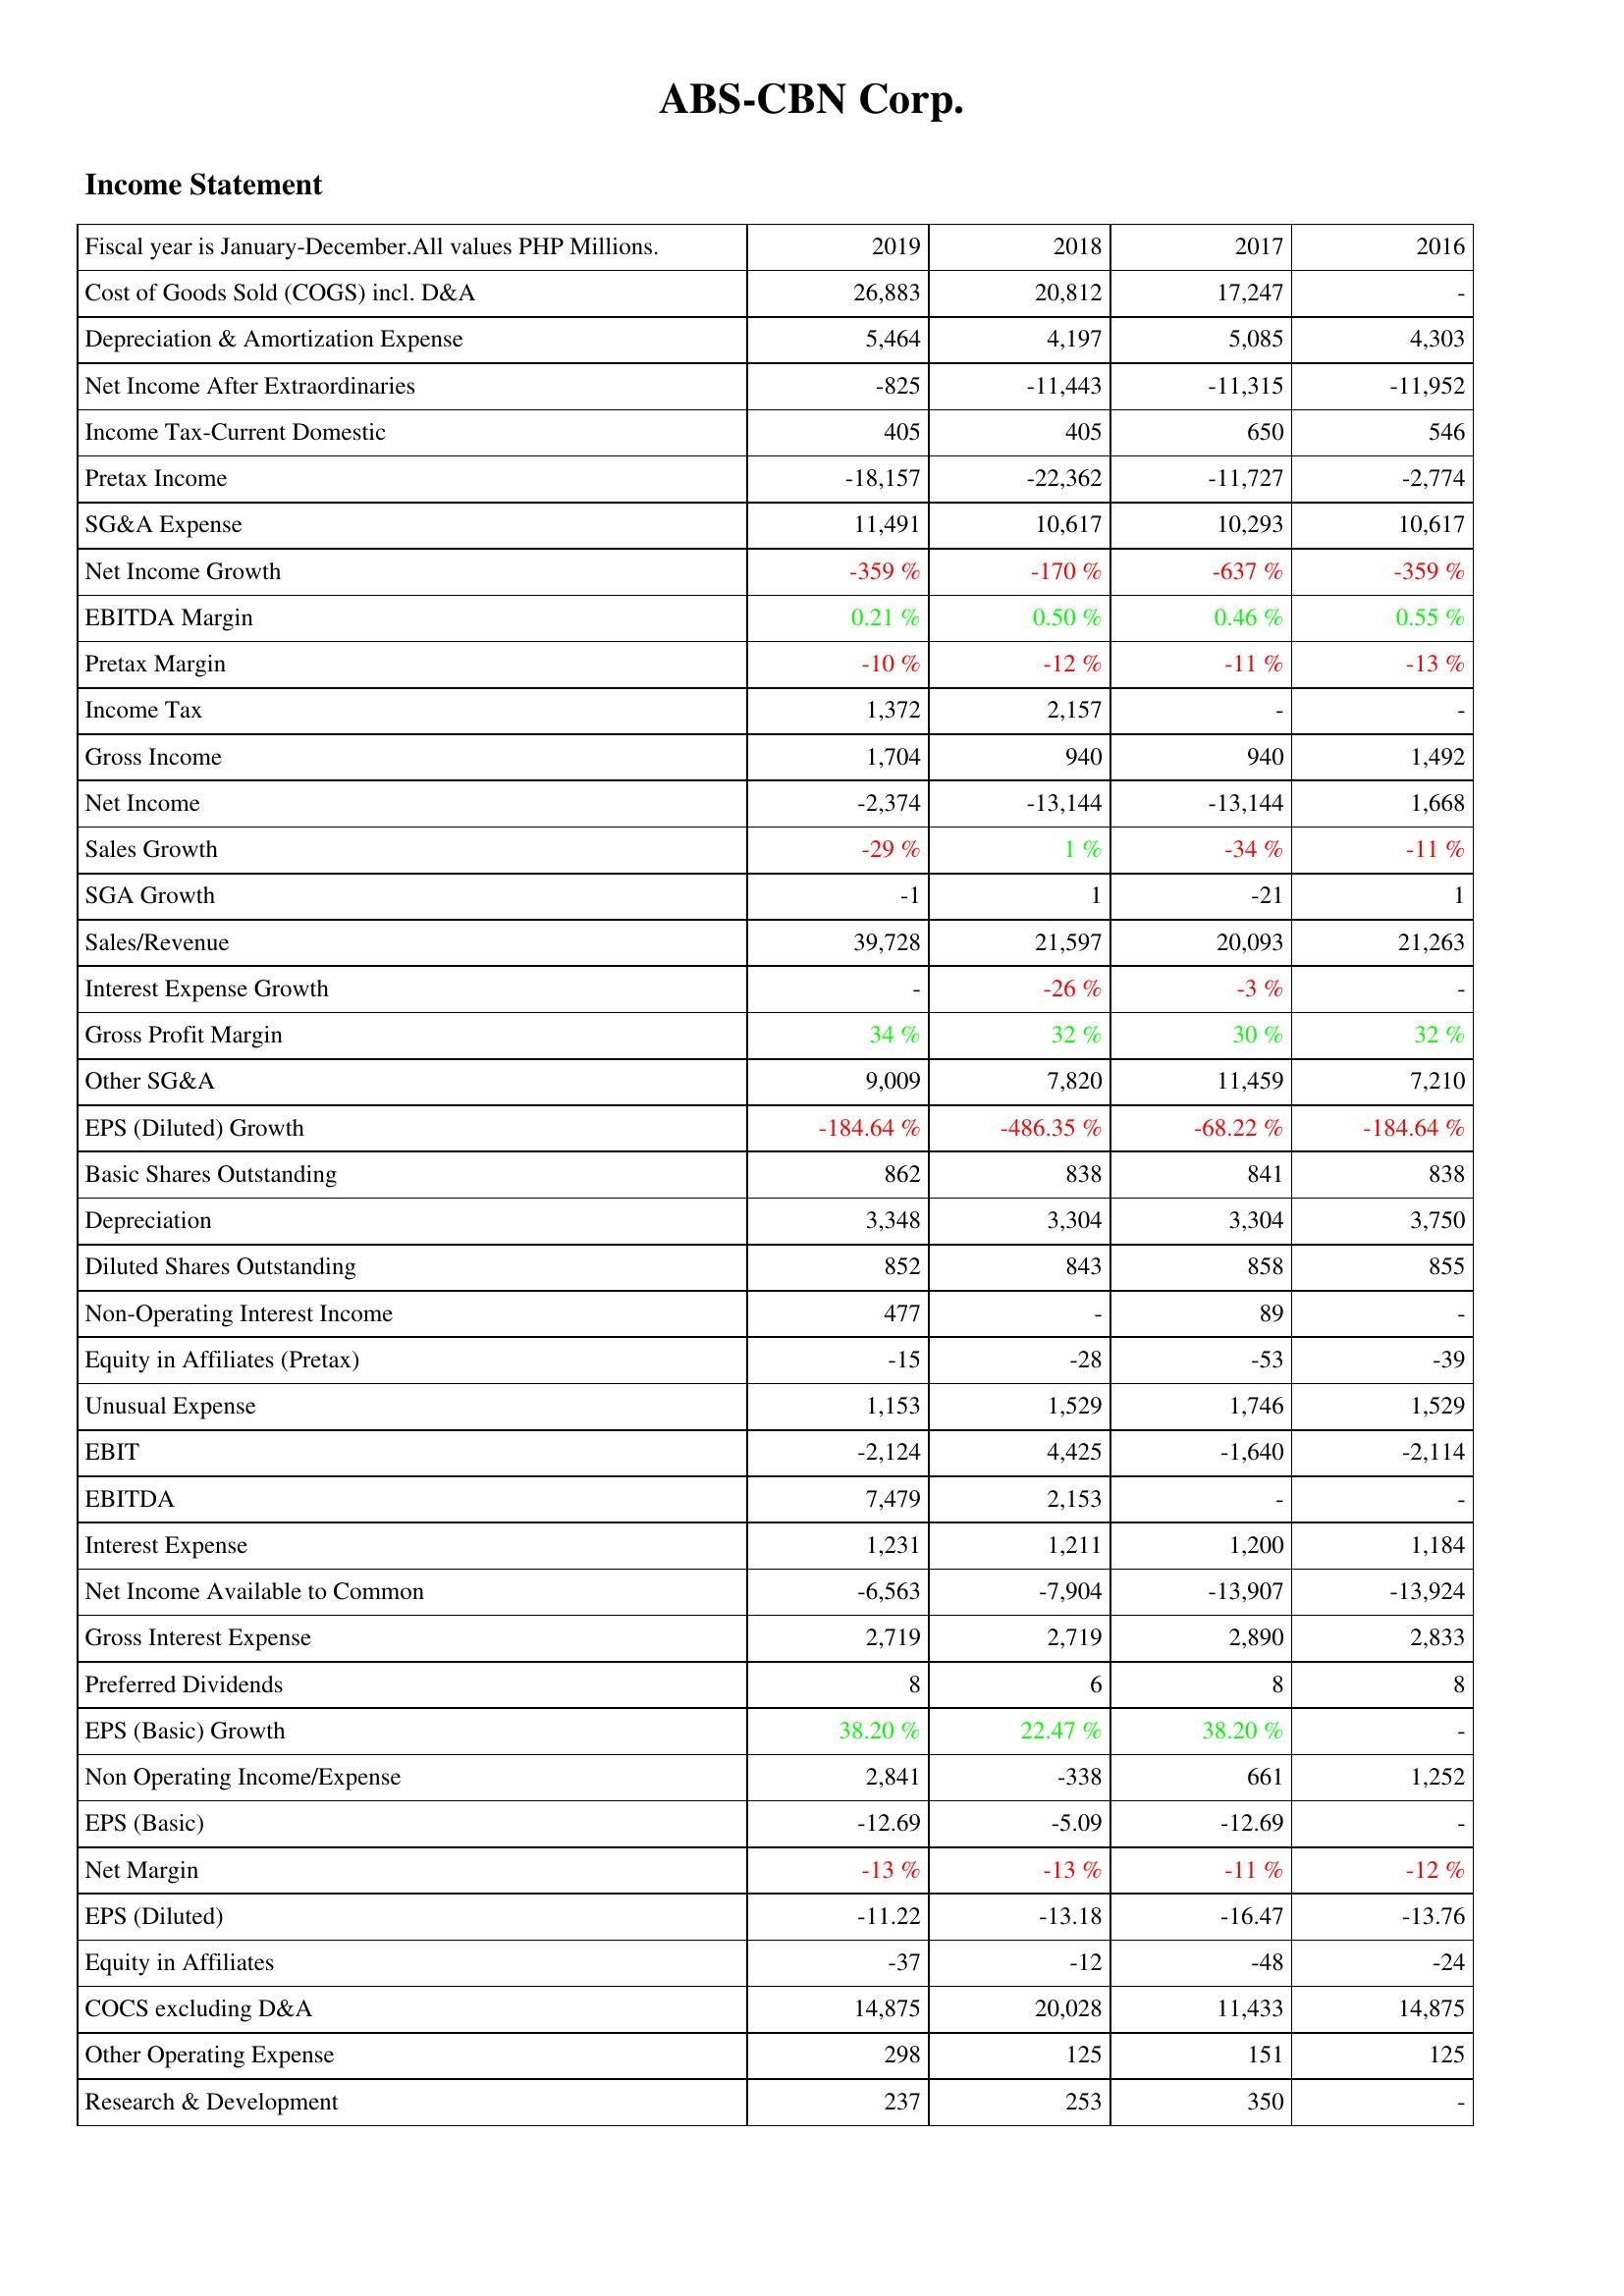
2019: Income Statement: Cost of Goods Sold (COGS) incl. D&A: 26,883
Depreciation & Amortization Expense: 5,464
Net Income After Extraordinaries: -825
Income Tax-Current Domestic: 405
Pretax Income: -18,157
SG&A Expense: 11,491
Net Income Growth: -359 %
EBITDA Margin: 0.21 %
Pretax Margin: -10 %
Income Tax: 1,372
Gross Income: 1,704
Net Income: -2,374
Sales Growth: -29 %
SGA Growth: -1
Sales/Revenue: 39,728
Interest Expense Growth: -
Gross Profit Margin: 34 %
Other SG&A: 9,009
EPS (Diluted) Growth: -184.64 %
Basic Shares Outstanding: 862
Depreciation: 3,348
Diluted Shares Outstanding: 852
Non-Operating Interest Income: 477
Equity in Affiliates (Pretax): -15
Unusual Expense: 1,153
EBIT: -2,124
EBITDA: 7,479
Interest Expense: 1,231
Net Income Available to Common: -6,563
Gross Interest Expense: 2,719
Preferred Dividends: 8
EPS (Basic) Growth: 38.20 %
Non Operating Income/Expense: 2,841
EPS (Basic): -12.69
Net Margin: -13 %
EPS (Diluted): -11.22
Equity in Affiliates: -37
COCS excluding D&A: 14,875
Other Operating Expense: 298
Research & Development: 237
2018: Income Statement: Cost of Goods Sold (COGS) incl. D&A: 20,812
Depreciation & Amortization Expense: 4,197
Net Income After Extraordinaries: -11,443
Income Tax-Current Domestic: 405
Pretax Income: -22,362
SG&A Expense: 10,617
Net Income Growth: -170 %
EBITDA Margin: 0.50 %
Pretax Margin: -12 %
Income Tax: 2,157
Gross Income: 940
Net Income: -13,144
Sales Growth: 1 %
SGA Growth: 1
Sales/Revenue: 21,597
Interest Expense Growth: -26 %
Gross Profit Margin: 32 %
Other SG&A: 7,820
EPS (Diluted) Growth: -486.35 %
Basic Shares Outstanding: 838
Depreciation: 3,304
Diluted Shares Outstanding: 843
Non-Operating Interest Income: -
Equity in Affiliates (Pretax): -28
Unusual Expense: 1,529
EBIT: 4,425
EBITDA: 2,153
Interest Expense: 1,211
Net Income Available to Common: -7,904
Gross Interest Expense: 2,719
Preferred Dividends: 6
EPS (Basic) Growth: 22.47 %
Non Operating Income/Expense: -338
EPS (Basic): -5.09
Net Margin: -13 %
EPS (Diluted): -13.18
Equity in Affiliates: -12
COCS excluding D&A: 20,028
Other Operating Expense: 125
Research & Development: 253
2017: Income Statement: Cost of Goods Sold (COGS) incl. D&A: 17,247
Depreciation & Amortization Expense: 5,085
Net Income After Extraordinaries: -11,315
Income Tax-Current Domestic: 650
Pretax Income: -11,727
SG&A Expense: 10,293
Net Income Growth: -637 %
EBITDA Margin: 0.46 %
Pretax Margin: -11 %
Income Tax: -
Gross Income: 940
Net Income: -13,144
Sales Growth: -34 %
SGA Growth: -21
Sales/Revenue: 20,093
Interest Expense Growth: -3 %
Gross Profit Margin: 30 %
Other SG&A: 11,459
EPS (Diluted) Growth: -68.22 %
Basic Shares Outstanding: 841
Depreciation: 3,304
Diluted Shares Outstanding: 858
Non-Operating Interest Income: 89
Equity in Affiliates (Pretax): -53
Unusual Expense: 1,746
EBIT: -1,640
EBITDA: -
Interest Expense: 1,200
Net Income Available to Common: -13,907
Gross Interest Expense: 2,890
Preferred Dividends: 8
EPS (Basic) Growth: 38.20 %
Non Operating Income/Expense: 661
EPS (Basic): -12.69
Net Margin: -11 %
EPS (Diluted): -16.47
Equity in Affiliates: -48
COCS excluding D&A: 11,433
Other Operating Expense: 151
Research & Development: 350
2016: Income Statement: Cost of Goods Sold (COGS) incl. D&A: -
Depreciation & Amortization Expense: 4,303
Net Income After Extraordinaries: -11,952
Income Tax-Current Domestic: 546
Pretax Income: -2,774
SG&A Expense: 10,617
Net Income Growth: -359 %
EBITDA Margin: 0.55 %
Pretax Margin: -13 %
Income Tax: -
Gross Income: 1,492
Net Income: 1,668
Sales Growth: -11 %
SGA Growth: 1
Sales/Revenue: 21,263
Interest Expense Growth: -
Gross Profit Margin: 32 %
Other SG&A: 7,210
EPS (Diluted) Growth: -184.64 %
Basic Shares Outstanding: 838
Depreciation: 3,750
Diluted Shares Outstanding: 855
Non-Operating Interest Income: -
Equity in Affiliates (Pretax): -39
Unusual Expense: 1,529
EBIT: -2,114
EBITDA: -
Interest Expense: 1,184
Net Income Available to Common: -13,924
Gross Interest Expense: 2,833
Preferred Dividends: 8
EPS (Basic) Growth: -
Non Operating Income/Expense: 1,252
EPS (Basic): -
Net Margin: -12 %
EPS (Diluted): -13.76
Equity in Affiliates: -24
COCS excluding D&A: 14,875
Other Operating Expense: 125
Research & Development: -